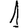
Digit: 1